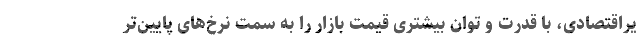
یراقتصادی، با قدرت و توان بیشتری قیمت بازار را به سمت نرخ‌های پایین‌تر